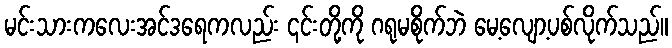
မင်းသားကလေးအင်ဒရေကလည်း ၎င်းတို့ကို ဂရုမစိုက်ဘဲ မေ့လျော့ပစ်လိုက်သည်။